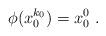
LaTeX: \begin{align*}\phi(x^{k_0}_0)=x^0_0 \ .\end{align*}